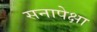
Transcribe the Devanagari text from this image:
सनापेक्षा